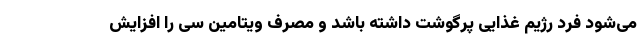
می‌شود فرد رژیم غذایی پرگوشت داشته باشد و مصرف ویتامین سی را افزایش